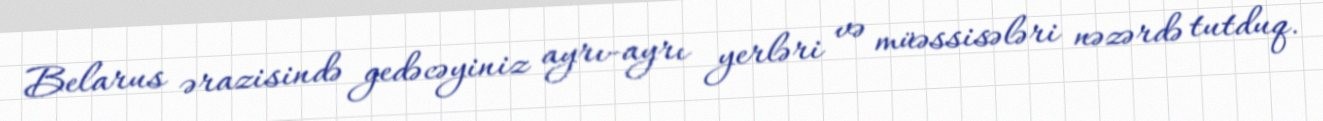
Belarus ərazisində gedəcəyiniz ayrı-ayrı yerləri və müəssisələri nəzərdə tutduq.